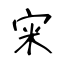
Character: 宩